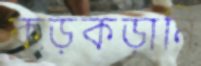
কড়কড়ানি